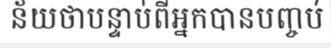
ន័យថាបន្ទាប់ពីអ្នកបានបញ្ចប់